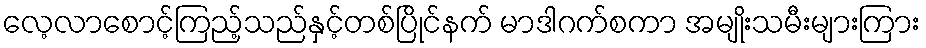
လေ့လာစောင့်ကြည့်သည်နှင့်တစ်ပြိုင်နက် မာဒါဂက်စကာ အမျိုးသမီးများကြား